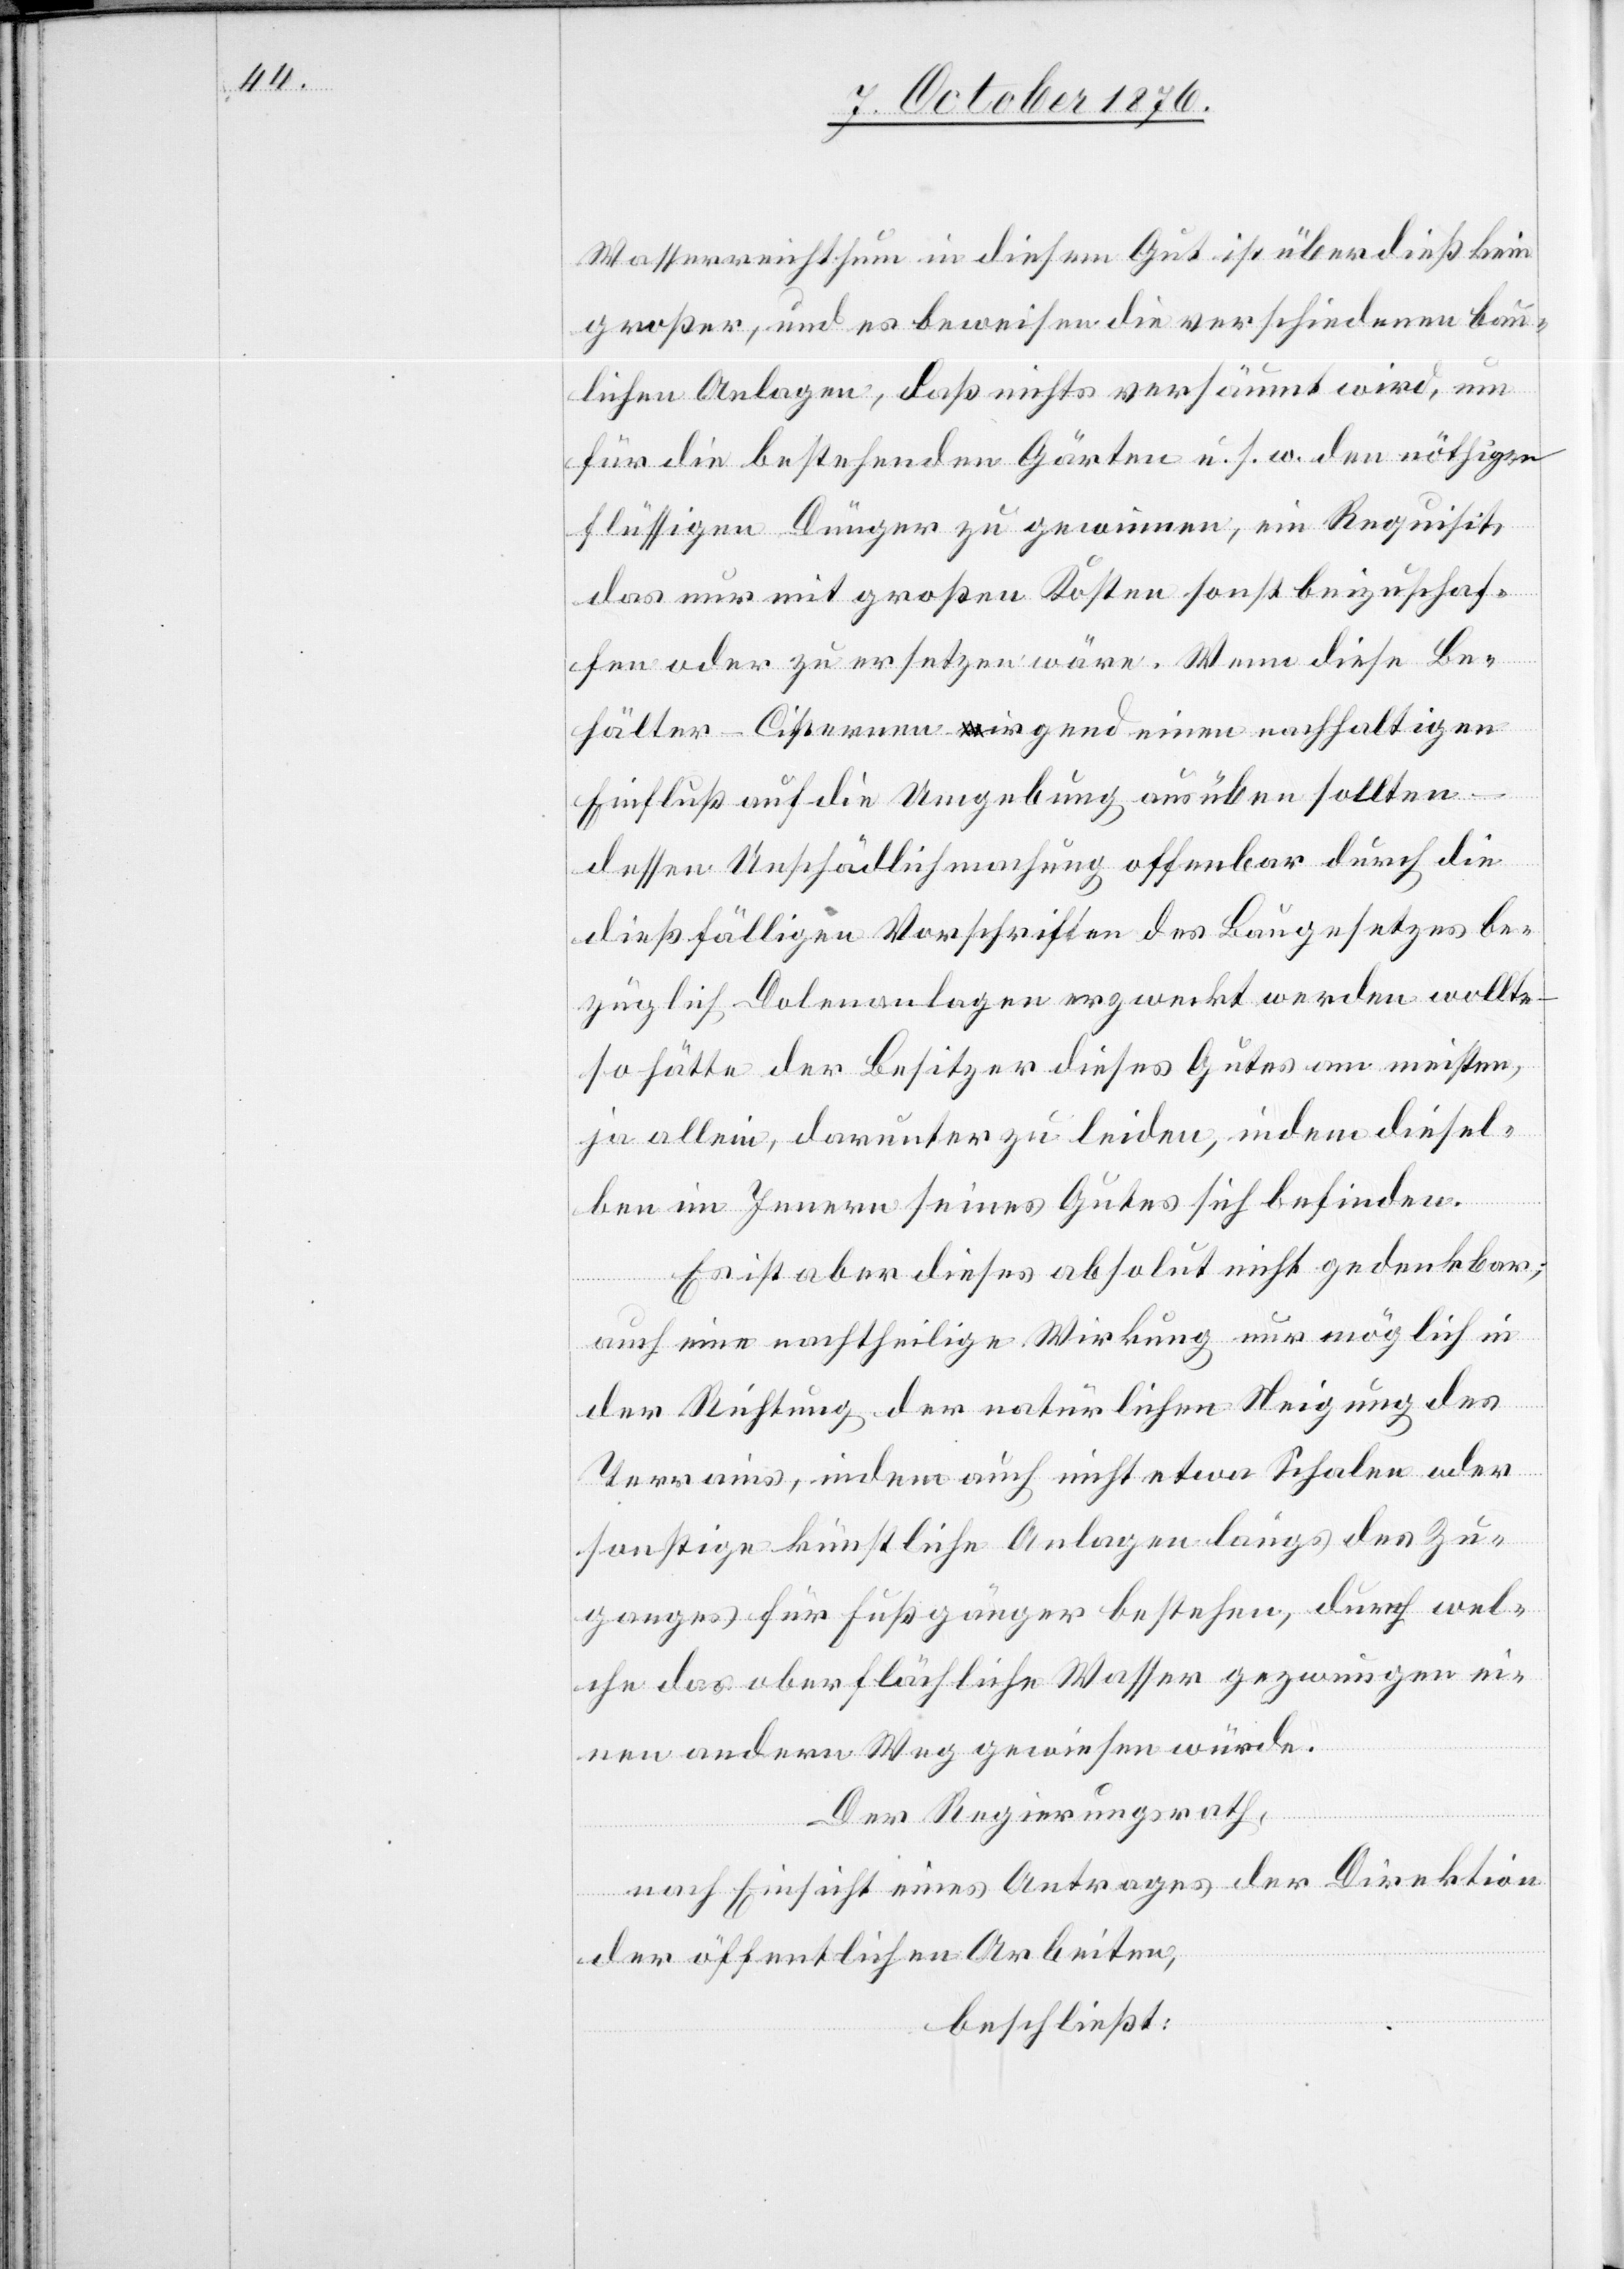
Wasserreichthum in diesem Gut ist überdieß kein
großer, und es beweisen die verschiedenen bau¬
lichen Anlagen, daß nichts versäumt wird, um
für die bestehenden Gärten u. s. w. den nöthigen
flüssigen Dünger zu gewinnen, ein Requisit,
das nur mit großen Kosten sonst beizuschaf¬
fen oder zu ersetzen wäre. Wenn diese Be¬
hälter-Cisternen irgend einen nachhaltigen
Einfluß auf die Umgebung ausüben sollten –
dessen Unschädlichmachung offenbar durch die
dießfälligen Vorschriften des Baugesetzes be¬
züglich Dolenanlagen erzweckt werden wollte
so hätte der Besitzer dieses Gutes am meisten,
ja allein, darunter zu leiden, indem diesel¬
ben im Innern seines Gutes sich befinden.
Es ist aber dieses absolut nicht gedenkbar;
auch eine nachtheilige Wirkung nur möglich in
der Richtung der natürlichen Neigung des
Terrains, indem auch nicht etwa Schalen oder
sonstige künstliche Anlagen längs des Zu¬
ganges für Fußgänger bestehen, durch wel¬
che das oberflächliche Wasser gezwungen ei¬
nen andern Weg gewiesen würde.
Der Regierungsrath,
nach Einsicht eines Antrages der Direktion
der öffentlichen Arbeiten,
beschließt: